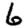
Digit: 6